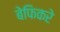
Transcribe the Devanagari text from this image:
बेफिकरे